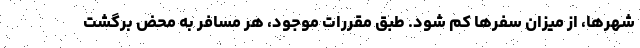
شهرها، از میزان سفرها کم شود. طبق مقررات موجود، هر مسافر به محض برگشت